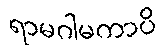
ရာမဂါမကာပိ